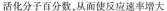
活化分子百分数，从而使反应率增大